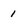
Character: 1